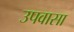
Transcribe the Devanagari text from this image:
उपवासा